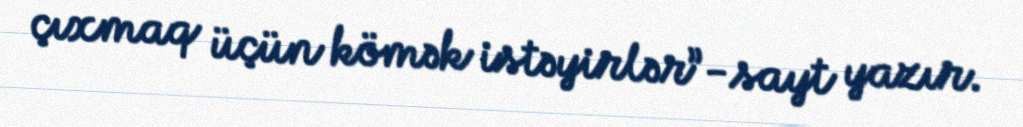
çıxmaq üçün kömək istəyirlər”-sayt yazır.